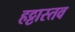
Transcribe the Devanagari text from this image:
हट्टास्तव